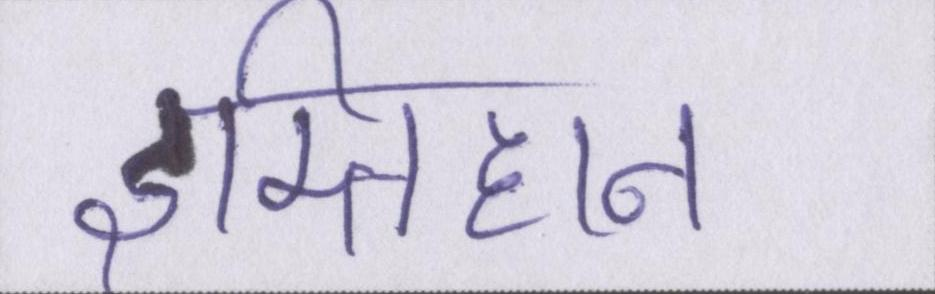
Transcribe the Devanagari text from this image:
इम्तिहान